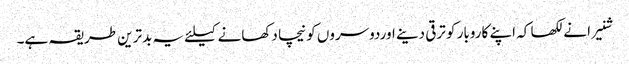
شنیرا نے لکھا کہ اپنے کاروبار کو ترقی دینے اوردوسروں کو نیچا دکھانے کیلئے یہ بدترین طریقہ ہے۔